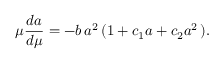
\mu \frac { d a } { d \mu } = - b \, a ^ { 2 } \, ( 1 + c _ { 1 } a + c _ { 2 } a ^ { 2 } \, ) .